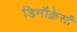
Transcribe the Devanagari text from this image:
डिमौक्रेसी